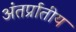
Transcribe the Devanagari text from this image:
अंतर्प्रातीय